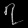
Digit: ၇